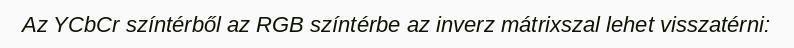
Az YCbCr színtérből az RGB színtérbe az inverz mátrixszal lehet visszatérni: